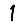
Digit: 1